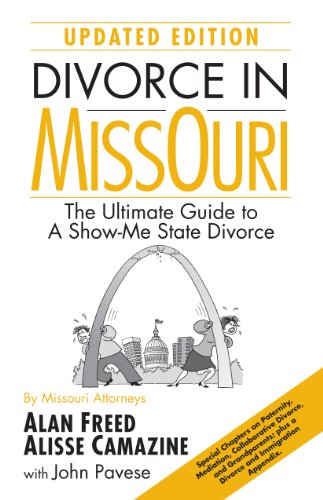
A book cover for Divorce in Missouri (updated edition): The Ultimate Guide to A Show-Me State Divorce; Alan Freed; Law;